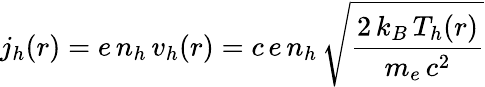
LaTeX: j_{h}(r)=e\, n_{h}\, v_{h}(r)=c\, e\, n_{h}\, \sqrt{\frac{2\, k_{B}\, T_{h}(r)}{m_{e}\, c^{2}}}